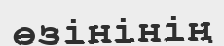
өзінінің